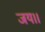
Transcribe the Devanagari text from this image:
जय।।